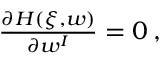
\begin{array} { r } { \frac { \partial H ( \xi , w ) } { \partial w ^ { I } } = 0 \, , } \end{array}